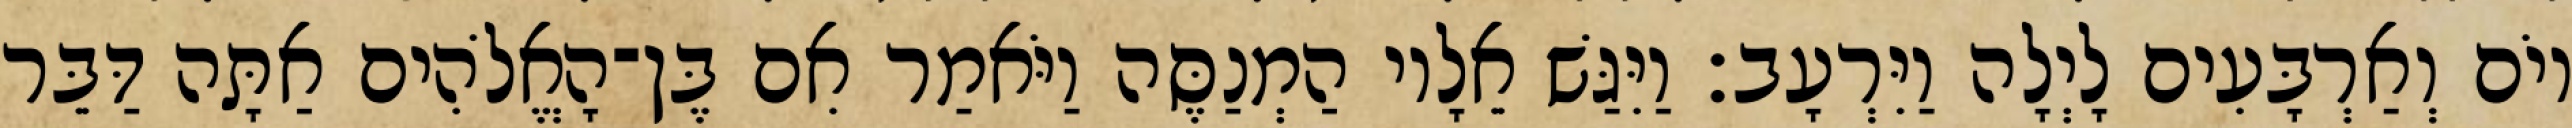
יוֹם וְאַרְבָּעִים לָיְלָה וַיִּרְעָב׃ וַיִּגַּשׁ אֵלָיו הַמְנַסֶּה וַיֹּאמַר אִם בֶּן־הָאֱלֹהִים אַתָּה דַּבֵּר